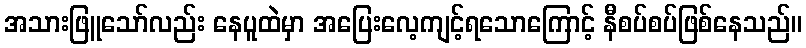
အသားဖြူသော်လည်း နေပူထဲမှာ အပြေးလေ့ကျင့်ရသောကြောင့် နီစပ်စပ်ဖြစ်နေသည်။